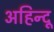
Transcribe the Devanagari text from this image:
अहिन्दू